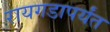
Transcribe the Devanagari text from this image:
रायगडापर्यंत